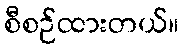
စီစဉ်ထားတယ်။